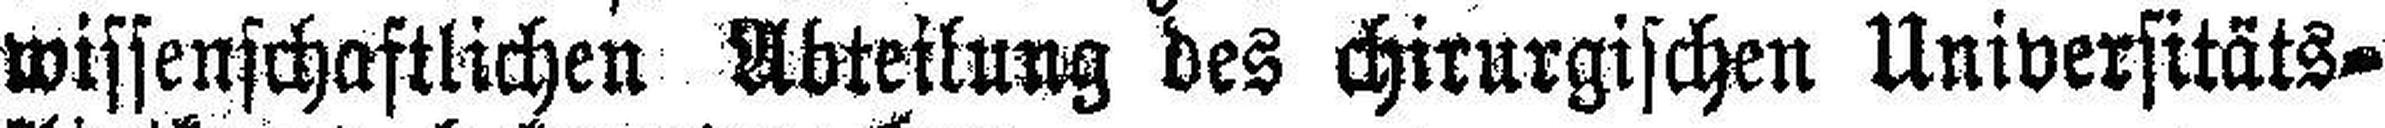
wissenschaftlichen Abteilung des chirurgischen Universitäts¬